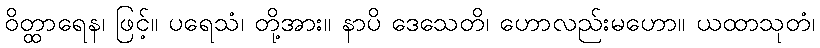
ဝိတ္ထာရေန၊ ဖြင့်။ ပရေသံ၊ တို့အား။ နာပိ ဒေသေတိ၊ ဟောလည်းမဟော။ ယထာသုတံ၊